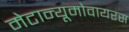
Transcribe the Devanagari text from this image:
मेटान्यूमोवायरस